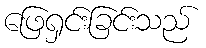
ဖြေရှင်းခြင်းသည်